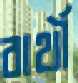
বার্থী